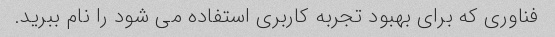
فناوری که برای بهبود تجربه کاربری استفاده می شود را نام ببرید.